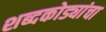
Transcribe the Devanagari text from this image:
शब्दकोड्यांचा